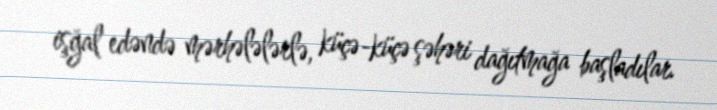
işğal edəndə mərhələlərlə, küçə-küçə şəhəri dağıtmağa başladılar.